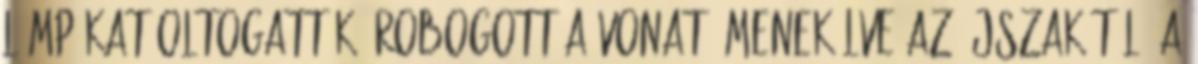
lámpákat oltogatták. Robogott a vonat, menekülve az éjszakától, a